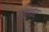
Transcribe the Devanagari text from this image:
जावेट